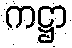
ကဋ္ဌာ